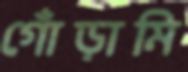
গোঁড়ামি